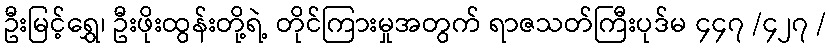
ဦးမြင့်ရွှေ၊ ဦးဖိုးထွန်းတို့ရဲ့ တိုင်ကြားမှုအတွက် ရာဇသတ်ကြီးပုဒ်မ ၄၄၇ /၄၂၇ /